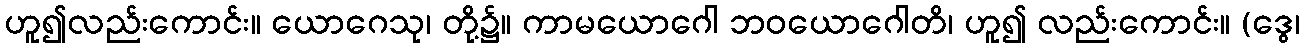
ဟူ၍လည်းကောင်း။ ယောဂေသု၊ တို့၌။ ကာမယောဂေါ ဘဝယောဂေါတိ၊ ဟူ၍ လည်းကောင်း။ (ဒွေ၊